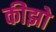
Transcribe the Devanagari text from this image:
कीझो